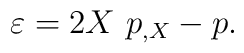
\varepsilon =2X\ p_{,X}-p.